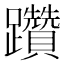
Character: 躦